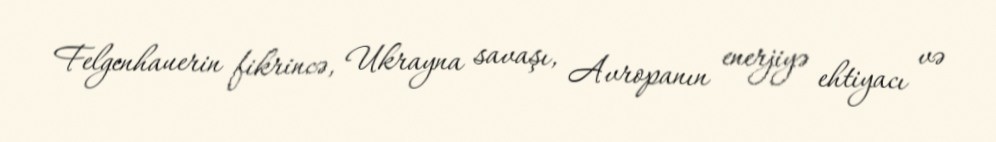
Felgenhauerin fikrincə, Ukrayna savaşı, Avropanın enerjiyə ehtiyacı və